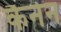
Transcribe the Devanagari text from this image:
कैनेन